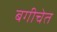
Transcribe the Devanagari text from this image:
बगीचेत